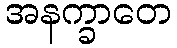
အနက္ခာတေ